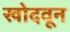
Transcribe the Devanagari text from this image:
खोदवून